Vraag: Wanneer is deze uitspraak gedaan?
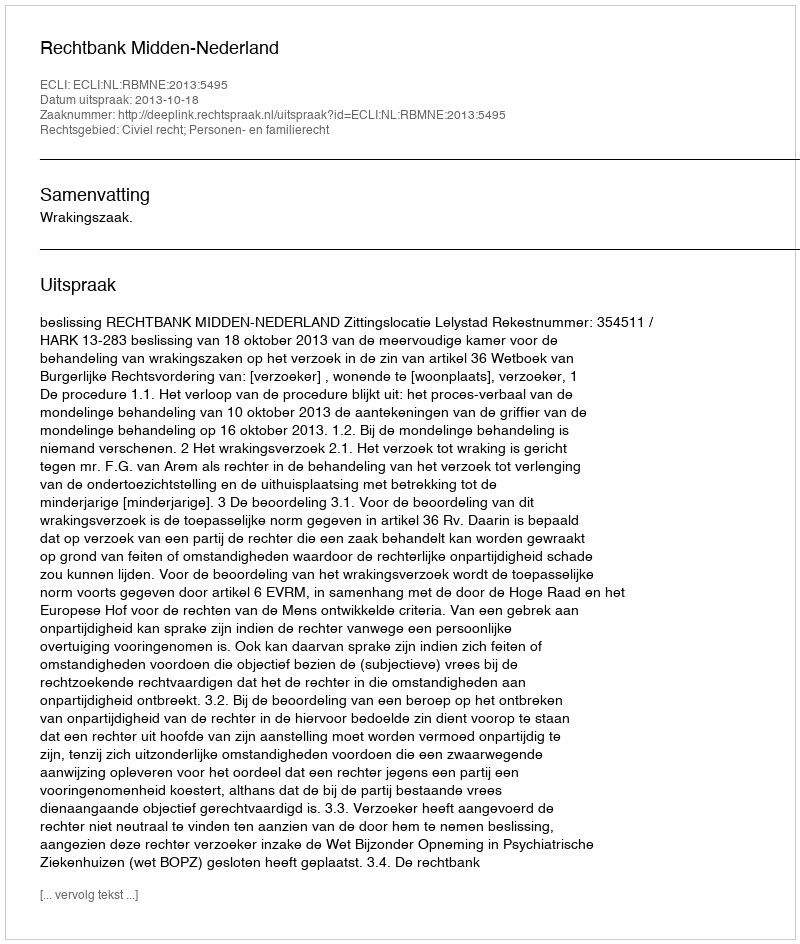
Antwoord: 2013-10-18